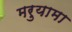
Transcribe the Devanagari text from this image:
मरुयामा